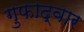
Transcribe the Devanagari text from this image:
गुफाद्वार